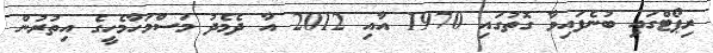
ރިޕޯޓްގައި ބުނެފައިވާ ގޮތުގައި 1970 އާއި 2012 އާ ދެމެދު މަސްމަހާމެހީގެ އިތުރުން